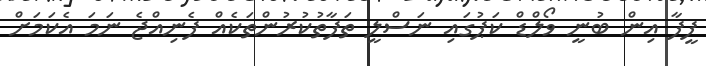
ފީފާ އިން ބުނީ ވޯލްޑް ކަޕުގައި ނަސްލީ ތަފާތުކުރުންތަކެއް ފެނިއްޖެ ނަމަ އެކަމަށް